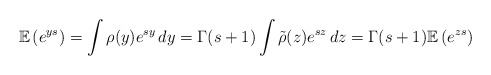
\begin{align*}\mathbb{E}\left(e^{ys}\right)=\int \rho(y) e^{sy}\,dy=\Gamma(s+1) \int \tilde{\rho}(z) e^{sz}\,dz=\Gamma(s+1) \mathbb{E}\left(e^{zs}\right)\end{align*}